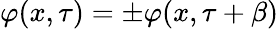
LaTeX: \varphi(x,\tau)=\pm\varphi(x,\tau+\beta)